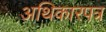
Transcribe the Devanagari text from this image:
अथिकारपत्र